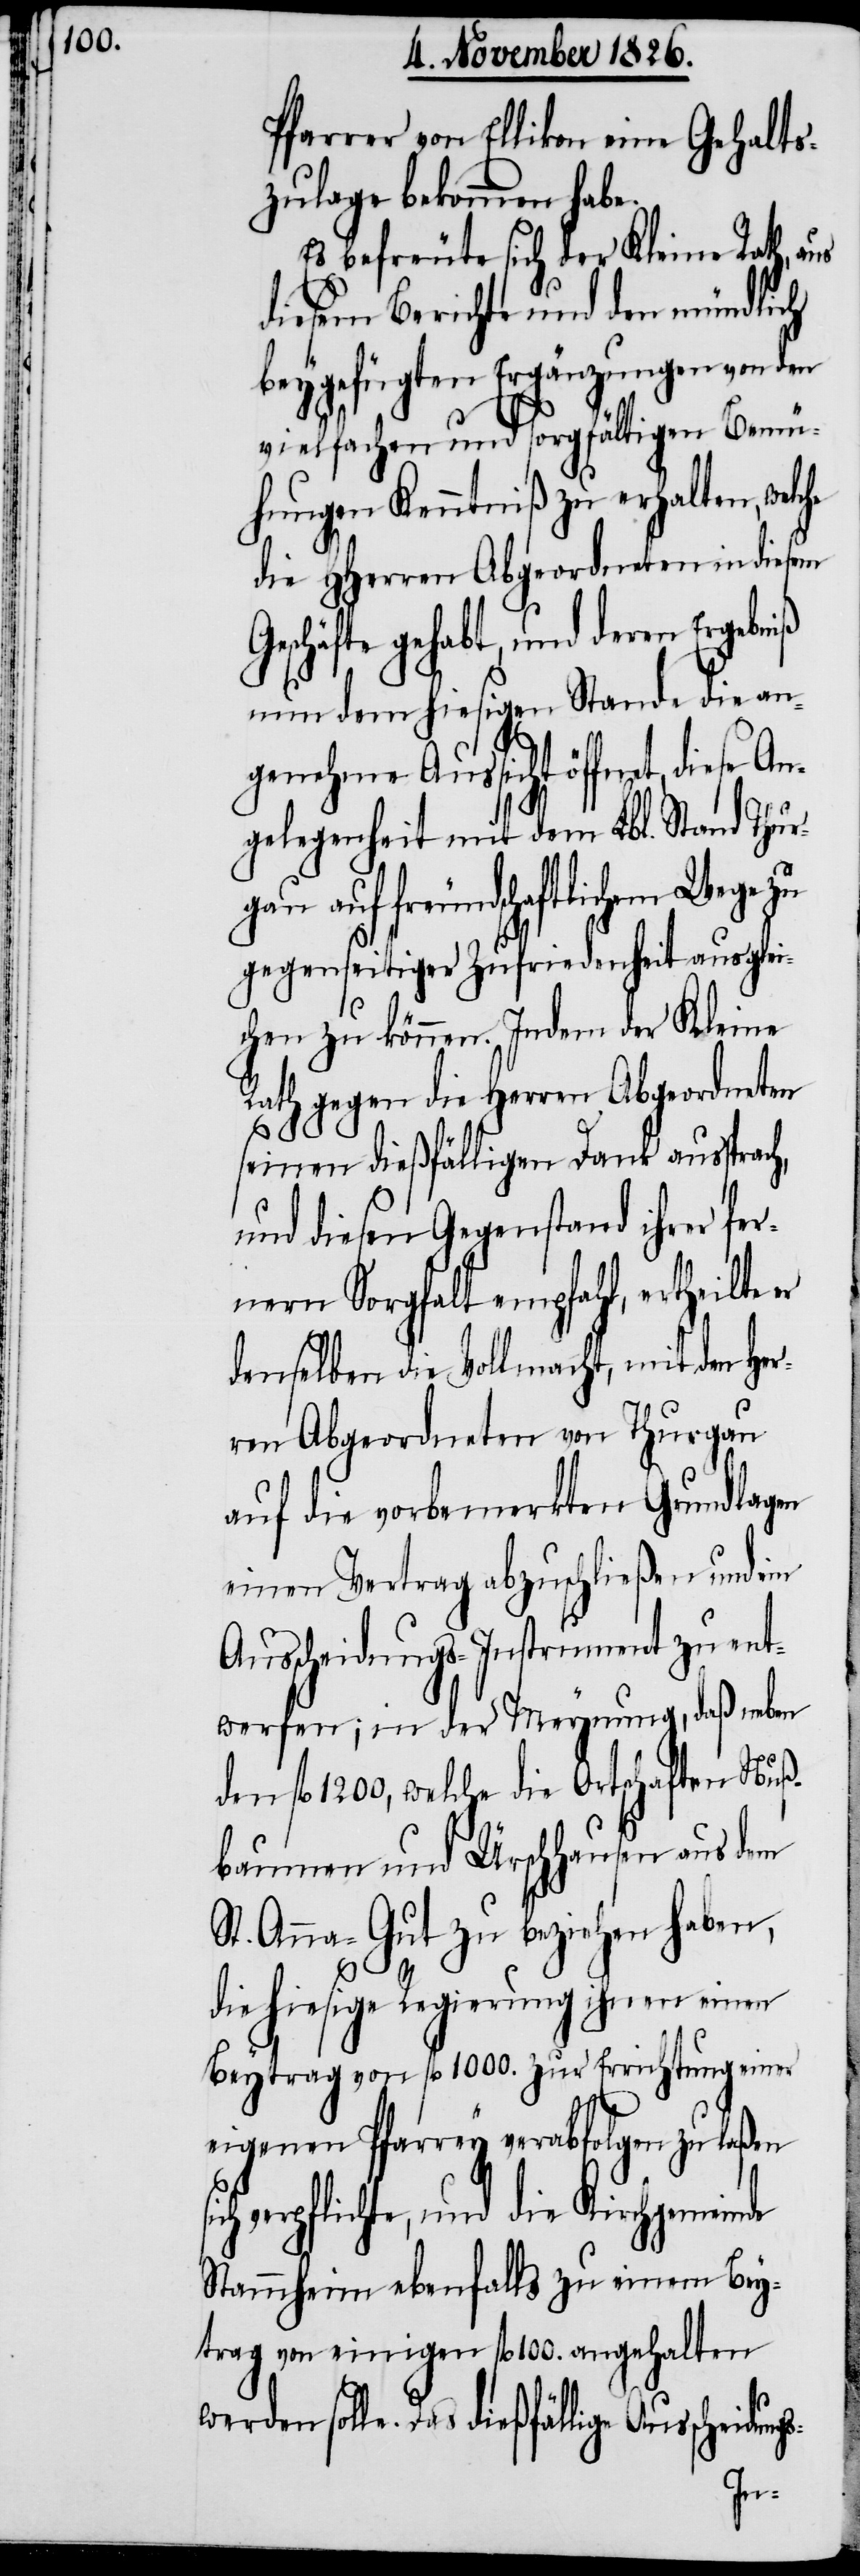
Pfarrer von Ellikon eine Gehalts¬
zulage bekommen habe.
Es befreute sich der Kleine Rath, aus
diesem Berichte und den mündlich
beygefügten Ergänzungen von den
vielfachen und sorgfältigen Bemü¬
hungen Kenntniß zu erhalten, welche
die HHerren Abgeordneten in diesem
Geschäfte gehabt, und deren
nun dem hiesigen Stande die an¬
genehme Aussicht öffnet, diese
gelegenheit mit dem Lbl. Stand Thur¬
gau auf freundschaftlichem Wege zu
gegenseitiger Zufriedenheit ausglei¬
chen zu können. Indem der Kleine
Rath gegen die Herren Abgeordneten
seinen dießfälligen Dank aussprach,
und diesen Gegenstand ihrer fer¬
nern Sorgfalt empfahl, ertheilte er
denselben die Vollmacht, mit den Her¬
ren Abgeordneten von Thurgau
auf die vorbemerkten Grundlagen
einen Vertrag abzuschließen und ein
Ausscheidungs-Instrument zu ent¬
werfen; in der Meynung, daß neben
den fl. 1200, welche die Ortschaften Nuß¬
baumen und Ürschhausen aus dem
St. Anna-Gut zu beziehen haben,
die hiesige Regierung ihnen einen
Beytrag von fl. 1000. zur Errichtung einer
eigenen Pfarrey verabfolgen zu laßen
ch verpflichte, und die Kirchgemeinde
Stammheim ebenfalls zu einem Bey¬
trag von einigen fl. 100. angehalten
werden solle. Das dießfällige Auscheidungs-
si¬